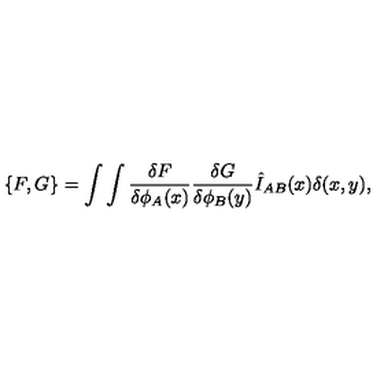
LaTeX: \{ F , G \} = \int \int { \frac { \delta F } { \delta \phi _ { A } ( x ) } } { \frac { \delta G } { \delta \phi _ { B } ( y ) } } \hat { I } _ { A B } ( x ) \delta ( x , y ) ,